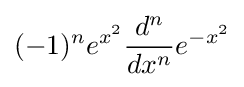
(-1)^{n}e^{x^{2}}{\frac {d^{n}}{dx^{n}}}e^{-x^{2}}